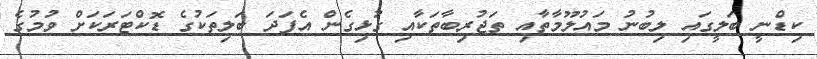
ކިޑްނީ ބަލީގައި ލިބުނު މައުލޫމާތާއި ތަޖުރިބާތަކާއި ގުޅިގެން އެފަދަ ބަލިތަކުގެ ޑޮކްޓަރަކަށް ވުމުގެ